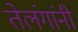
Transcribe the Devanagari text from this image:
तेलंगांनी